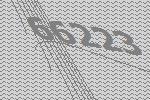
66223